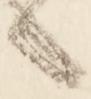
へ